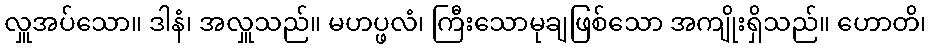
လှူအပ်သော။ ဒါနံ၊ အလှူသည်။ မဟပ္ဖလံ၊ ကြီးသောမုချဖြစ်သော အကျိုးရှိသည်။ ဟောတိ၊